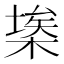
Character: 𣘂